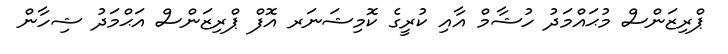
ޕްރިޒަންސް މުޙައްމަދު ހުޝާމް އާއި ކުރީގެ ކޮމިޝަނަރ އޮފް ޕްރިޒަންސް އަޙްމަދު ޝިހާން